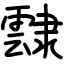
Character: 霴